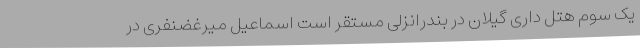
یک سوم هتل داری گیلان در بندرانزلی مستقر است اسماعیل میرغضنفری در